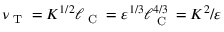
\nu _ { \textrm { T } } = K ^ { 1 / 2 } \ell _ { \textrm { C } } = \varepsilon ^ { 1 / 3 } \ell _ { \textrm { C } } ^ { 4 / 3 } = K ^ { 2 } / \varepsilon